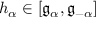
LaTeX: h _ { \alpha } \in [ { \mathfrak { g } } _ { \alpha } , { \mathfrak { g } } _ { - \alpha } ]